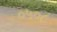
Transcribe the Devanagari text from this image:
०५०८